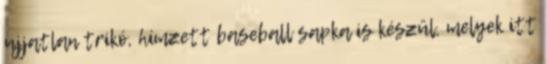
ujjatlan trikó, hímzett baseball sapka is készül, melyek itt